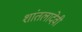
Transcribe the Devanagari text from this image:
शांतलादेवी